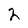
Character: 2